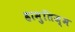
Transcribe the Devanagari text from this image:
हामुतिज़्म